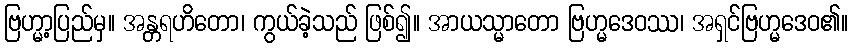
ဗြဟ္မာ့ပြည်မှ။ အန္တရဟိတော၊ ကွယ်ခဲ့သည် ဖြစ်၍။ အာယသ္မာတော ဗြဟ္မဒေဝဿ၊ အရှင်ဗြဟ္မဒေဝ၏။